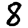
Digit: 8